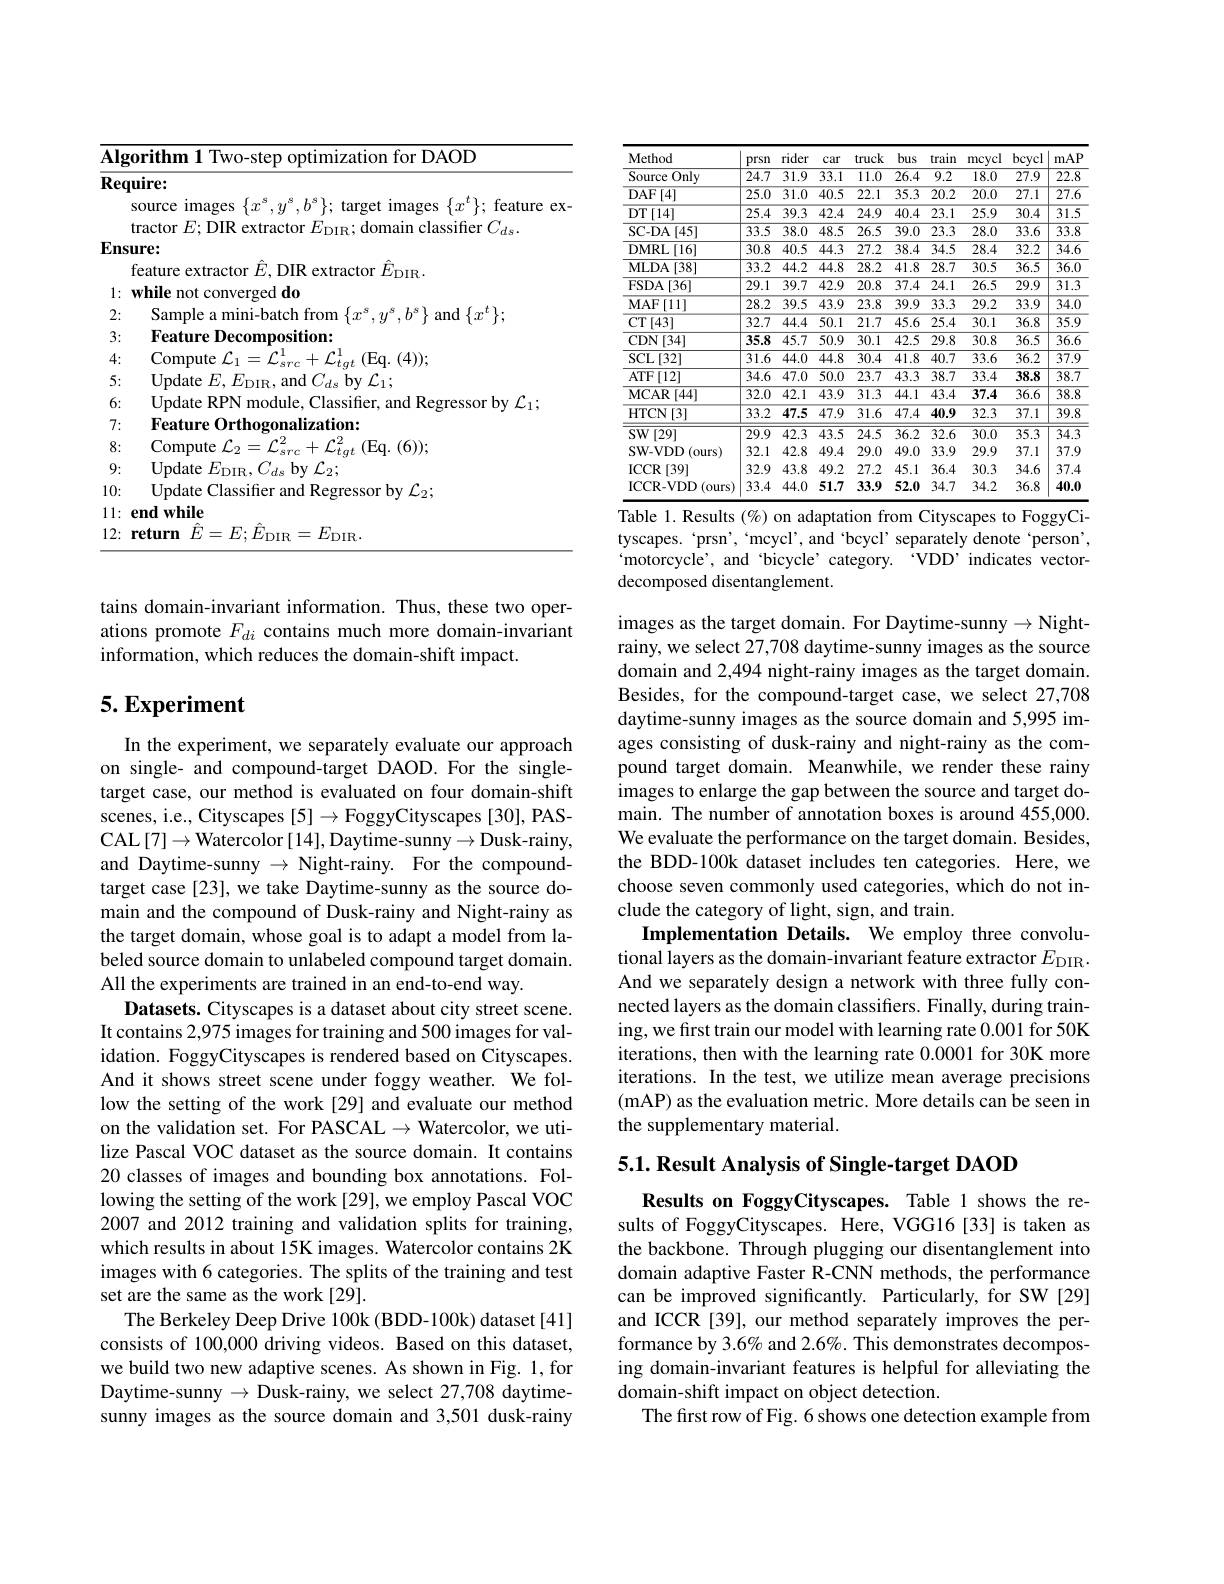
<table>
	<tbody>
		<tr>
			<td>$\overline{\mathbf{Alg}}$</td>
			<td>$\cdot$DAOD TOT</td>
		</tr>
		<tr>
			<td>Req</td>
			<td>$\textbf{luire: }$</td>
		</tr>
		<tr>
			<td> </td>
			<td>somm</td>
		</tr>
		<tr>
			<td> </td>
			<td>classifie $H:$ $111k$</td>
		</tr>
		<tr>
			<td>Ens</td>
			<td>$ure:$ feature extractor $\hat{E}$, DIR extractor $\hat{E}_{\mathrm{DIR}}.$</td>
		</tr>
		<tr>
			<td>1: $\frac{1}{2}=\frac{1}{2}$ </td>
			<td>while not converged do</td>
		</tr>
		<tr>
			<td>2:</td>
			<td>Sample : ni- batc YOm</td>
		</tr>
		<tr>
			<td>3:</td>
			<td>Feature Decomposition:</td>
		</tr>
		<tr>
			<td>4:</td>
			<td>Compute $Eq.(4)]$</td>
		</tr>
		<tr>
			<td>5:</td>
			<td>Undate</td>
		</tr>
		<tr>
			<td>6:</td>
			<td> </td>
		</tr>
		<tr>
			<td>7:</td>
			<td>Feature $0rthoom$ alization:</td>
		</tr>
		<tr>
			<td>8:</td>
			<td>Compute $r2$ TAT Eq.(6)).</td>
		</tr>
		<tr>
			<td>9:</td>
			<td>Undate $E_{\mathrm{DIR}}$ 1 2</td>
		</tr>
		<tr>
			<td>10:</td>
			<td>Update $\mathbf{bv}$ ${\mathcal{L} }_{2}$ </td>
		</tr>
		<tr>
			<td>1: 1 </td>
			<td>endwhile</td>
		</tr>
		<tr>
			<td>12: $\frac{1}{2}=\frac{1}{2}$</td>
			<td>return $\ddot{F}:$ 一 $F_{i}.$ $F.$ $E_{\mathrm{DIR}}.$ DIR</td>
		</tr>
	</tbody>
</table>

tains domain-invariant information. Thus, these two operations promote $F_{di}$ contains much more domain-invariant information, which reduces the domain-shift impact.

## $5.Experiment$

In the experiment, we separately evaluate our approach on single- and compound-target DAOD.For the singletarget case, our method is evaluated on four domain-shift scenes, i.e., Cityscapes [5]→ FoggyCityscapes [30], PASCAL$\left [ 7\right ] \to$Watercolor$\left [ 14\right ] $,Daytime-sunny$\to$Dusk-rainy, and Daytime-sunny $\to$ Night-rainy. For the compoundtarget case [23], we take Daytime-sunny as the source domain and the compound of Dusk-rainy and Night-rainy as the target domain, whose goal is to adapt a model from labeled source domain to unlabeled compound target domain. All the experiments are trained in an end-to-end way.
Datasets. Cityscapes is a dataset about city street scene. It contains 2,975 images for training and 500 images for validation. FoggyCityscapes is rendered based on Cityscapes. And it shows street scene under foggy weather. We follow the setting of the work [29] and evaluate our method on the validation set. For PASCAL$\to$Watercolor, we utilize Pascal VOC dataset as the source domain. It contains 20 classes of images and bounding box annotations. Following the setting of the work [29], we employ Pascal VOC 2007 and 2012 training and validation splits for training, which results in about 15K images. Watercolor contains 2K images with 6 categories. The splits of the training and test set are the same as the work [29].
The Berkeley Deep Drive 100k (BDD-100k) dataset [41] consists of 100,000 driving videos. Based on this dataset, we build two new adaptive scenes. As shown in Fig. 1, for Daytime-sunny $\to$ Dusk-rainy, we select 27,708 daytimesunny images as the source domain and 3,501 dusk-rainy

<table>
	<tbody>
		<tr>
			<th>Method</th>
			<th>prsn</th>
			<th>rider</th>
			<th>car</th>
			<th>truck</th>
			<th>bus</th>
			<th>train</th>
			<th>mcycl</th>
			<th>bcycl</th>
			<th>mAP</th>
		</tr>
		<tr>
			<td>Source Only</td>
			<td>$\overline{24.7}$</td>
			<td>$\overline{31.9}$</td>
			<td>$\overline{33.1}$</td>
			<td>$\overline{11.0}$</td>
			<td>$\overline{26.4}$</td>
			<td>$\overline{9.2}$</td>
			<td>18.0</td>
			<td>$\overline{27.9}$</td>
			<td>$\overline{22.8}$</td>
		</tr>
		<tr>
			<td>$\overline{\mathrm{DAF}[4]}$</td>
			<td>$\overline{25.0}$</td>
			<td>$\overline{31.0}$</td>
			<td>$\overline{40.5}$</td>
			<td>$\overline{22.1}$</td>
			<td>$\overline{35.3}$</td>
			<td>$\overline{20.2}$</td>
			<td>$\overline{20.0}$</td>
			<td>$\overline{27.1}$</td>
			<td>$\overline{27.6}$</td>
		</tr>
		<tr>
			<td>DT$\left [ 14\right ]$</td>
			<td>$\overline{25.4}$</td>
			<td>$\overline{39.3}$</td>
			<td>$\overline{42.4}$</td>
			<td>$\overline{24.9}$</td>
			<td>$\overline{40.4}$</td>
			<td>$\overline{23.1}$</td>
			<td>$\overline{25.9}$</td>
			<td>30.4</td>
			<td>$\overline{31.5}$</td>
		</tr>
		<tr>
			<td>SC- DA$\left [ 45\right ]$</td>
			<td>$\overline{33.5}$</td>
			<td>$\overline{38.0}$</td>
			<td>$\overline{48.5}$</td>
			<td>$\overline{26.5}$</td>
			<td>$\overline{39.0}$</td>
			<td>$\overline{23.3}$</td>
			<td>28.0</td>
			<td>$\overline{33.6}$</td>
			<td>$\overline{33.8}$</td>
		</tr>
		<tr>
			<td>DMRL$\left [ 16\right ]$</td>
			<td>$\overline{30.8}$</td>
			<td>$\overline{40.5}$</td>
			<td>$\overline{44.3}$</td>
			<td>$\overline{27.2}$</td>
			<td>$\overline{38.4}$</td>
			<td>$\overline{34.5}$</td>
			<td>28.4</td>
			<td>32.2</td>
			<td>$\overline{34.6}$</td>
		</tr>
		<tr>
			<td>MLDA$\left [ 38\right ]$</td>
			<td>$\overline{33.2}$</td>
			<td>$\overline{44.2}$</td>
			<td>$\overline{44.8}$</td>
			<td>$\overline{28.2}$</td>
			<td>$\overline{41.8}$</td>
			<td>$\overline{28.7}$</td>
			<td>30.5</td>
			<td>$\overline{36.5}$</td>
			<td>$\overline{36.0}$</td>
		</tr>
		<tr>
			<td>FSDA [ 36] </td>
			<td>$\overline{29.1}$</td>
			<td>$\overline{39.7}$</td>
			<td>$\overline{42.9}$</td>
			<td>$\overline{20.8}$</td>
			<td>$\overline{37.4}$</td>
			<td>$\overline{24.1}$</td>
			<td>26.5</td>
			<td>$\overline{29.9}$</td>
			<td>$\overline{31.3}$</td>
		</tr>
		<tr>
			<td>$MAF$ [11] ·</td>
			<td>$\overline{28.2}$</td>
			<td>$\overline{39.5}$</td>
			<td>$\overline{43.9}$</td>
			<td>$\overline{23.8}$</td>
			<td>$\overline{39.9}$</td>
			<td>$\overline{33.3}$</td>
			<td>29.2</td>
			<td>$\overline{33.9}$</td>
			<td>$\overline{34.0}$</td>
		</tr>
		<tr>
			<td>$CT[43]$</td>
			<td>$\overline{32.7}$</td>
			<td>$\overline{44.4}$</td>
			<td>$\overline{50.1}$</td>
			<td>$\overline{21.7}$</td>
			<td>$\overline{45.6}$</td>
			<td>$\overline{25.4}$</td>
			<td>$\overline{30.1}$</td>
			<td>$\overline{36.8}$</td>
			<td>$\overline{35.9}$</td>
		</tr>
		<tr>
			<td>CDN[34]</td>
			<td>$\overline{35.8}$</td>
			<td>$\overline{45.7}$</td>
			<td>$\overline{50.9}$</td>
			<td>$\overline{30.1}$</td>
			<td>$\overline{42.5}$</td>
			<td>$\overline{29.8}$</td>
			<td>30.8</td>
			<td>$\overline{36.5}$</td>
			<td>$\overline{36.6}$</td>
		</tr>
		<tr>
			<td>$\operatorname{SCL}[32]$</td>
			<td>$\overline{31.6}$</td>
			<td>$\overline{44.0}$</td>
			<td>$\overline{44.8}$</td>
			<td>$\overline{30.4}$</td>
			<td>$\overline{41.8}$</td>
			<td>$\overline{40.7}$</td>
			<td>$\overline{33.6}$</td>
			<td>$\overline{36.2}$</td>
			<td>$\overline{37.9}$</td>
		</tr>
		<tr>
			<td>ATF[12]</td>
			<td>$\overline{34.6}$</td>
			<td>$\overline{47.0}$</td>
			<td>$\overline{50.0}$</td>
			<td>$\overline{23.7}$</td>
			<td>$\overline{43.3}$</td>
			<td>$\overline{38.7}$</td>
			<td>$\overline{33.4}$</td>
			<td>$\overline{38.8}$</td>
			<td>$\overline{38.7}$</td>
		</tr>
		<tr>
			<td>MCAR $\{[44]$</td>
			<td>$\overline{32.0}$</td>
			<td>$\overline{42.1}$</td>
			<td>$\overline{43.9}$</td>
			<td>$\overline{31.3}$</td>
			<td>44.1</td>
			<td>$\overline{43.4}$</td>
			<td>37.4</td>
			<td>$\overline{36.6}$</td>
			<td>$\overline{38.8}$</td>
		</tr>
		<tr>
			<td>HTCN[3]</td>
			<td>$\overline{33.2}$</td>
			<td>47.5</td>
			<td>$\overline{47.9}$</td>
			<td>$\overline{31.6}$</td>
			<td>$\overline{47.4}$</td>
			<td>40.9</td>
			<td>32.3</td>
			<td>$\overline{37.1}$</td>
			<td>$\overline{39.8}$</td>
		</tr>
		<tr>
			<td>SW$\left [ 29\right ]$</td>
			<td>$\overline{29.9}$</td>
			<td>42.3</td>
			<td>$\overline{43.5}$</td>
			<td>24.5</td>
			<td>$\overline{36.2}$</td>
			<td>$\overline{32.6}$</td>
			<td>30.0</td>
			<td>$\overline{35.3}$</td>
			<td>$\overline{34.3}$</td>
		</tr>
		<tr>
			<td>SW- VDD( ours) </td>
			<td>32.1</td>
			<td>42.8</td>
			<td>49.4</td>
			<td>29.0</td>
			<td>49.0</td>
			<td>33.9</td>
			<td>29.9</td>
			<td>37.1</td>
			<td>37.9</td>
		</tr>
		<tr>
			<td>$\operatorname{ICCR}[$ [39]</td>
			<td>32.9</td>
			<td>43.8</td>
			<td>49.2</td>
			<td>27.2</td>
			<td>45.1</td>
			<td>36.4</td>
			<td>30.3</td>
			<td>34.6</td>
			<td>37.4</td>
		</tr>
		<tr>
			<td>ICCR- VDD( ours) </td>
			<td>33.4</td>
			<td>44.0</td>
			<td>51.7</td>
			<td>33.9</td>
			<td>52.0</td>
			<td>34.7</td>
			<td>34.2</td>
			<td>36.8</td>
			<td>40.0</td>
		</tr>
	</tbody>
</table>
1. Results $(\%)$ on adaptation from Cityscapes to FoggyCi-

tyscapes. ‘prsn’, ‘mcycl’, and ‘bcycl’ separately denote‘person’, motorcycle', and 'bicycle' category. 'VDD' indicates vector decomposed disentanglement.

images as the target domain. For Daytime-sunny $\to$Night- rainy, we select 27,708 daytime-sunny images as the source domain and 2,494 night-rainy images as the target domain. Besides, for the compound-target case, we select 27,708 daytime-sunny images as the source domain and 5,995 images consisting of dusk-rainy and night-rainy as the compound target domain. Meanwhile, we render these rainy images to enlarge the gap between the source and target domain. The number of annotation boxes is around 455,000. We evaluate the performance on the target domain. Besides, the BDD-100k dataset includes ten categories. Here, we choose seven commonly used categories, which do not include the category of light, sign, and train.
Implementation Details. We employ three convolutional layers as the domain-invariant feature extractor $E_\mathrm{DIR}.$ And we separately design a network with three fully connected layers as the domain classifiers. Finally, during training, we frst train our model with learning rate 0.001 for 50K iterations, then with the learning rate 0.0001 for 30K more iterations. In the test, we utilize mean average precisions (mAP) as the evaluation metric. More details can be seen in the supplementary material.

5.1. Result Analysis of Single-target DAOD

Results on FoggyCityscapes. Table 1 shows the results of FoggyCityscapes. Here, VGG16 [33] is taken as the backbone. Through plugging our disentanglement into domain adaptive Faster R-CNN methods, the performance can be improved significantly. Particularly, for SW[29] and ICCR [39], our method separately improves the performance by 3.6% and 2.6%. This demonstrates decomposing domain-invariant features is helpful for alleviating the domain-shift impact on object detection.
The first row of Fig. 6 shows one detection example from